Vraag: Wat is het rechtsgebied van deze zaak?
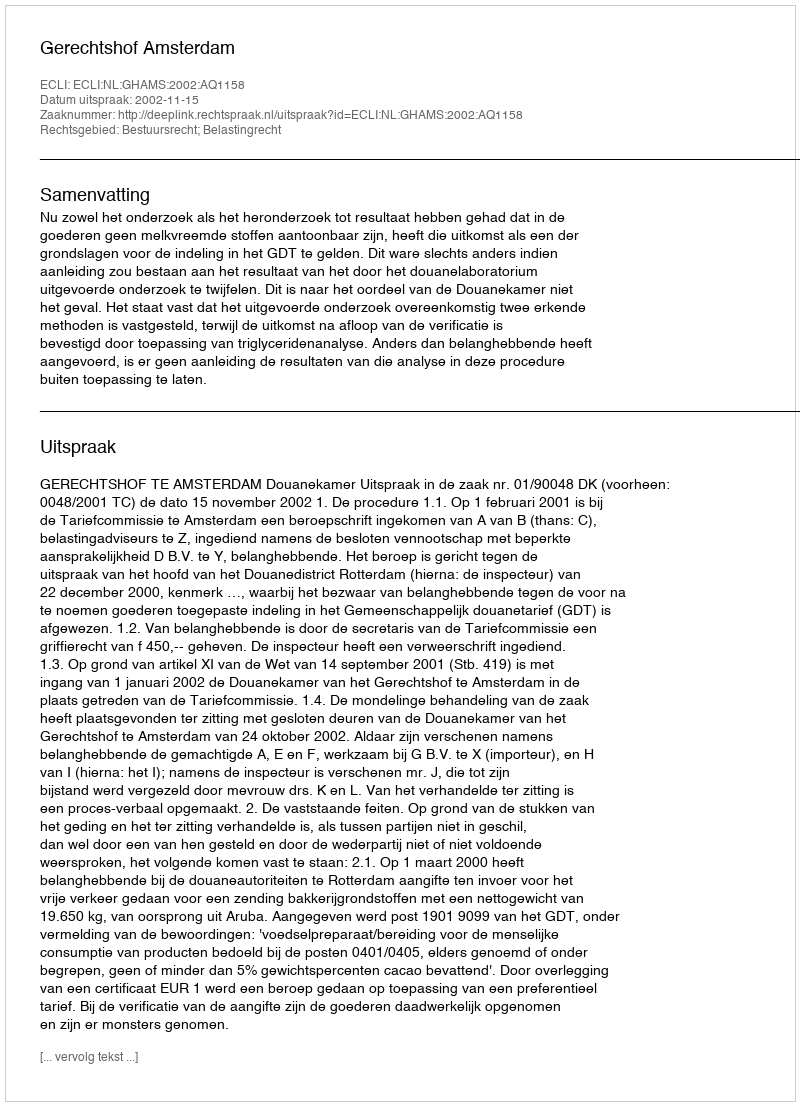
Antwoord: Bestuursrecht; Belastingrecht